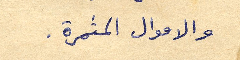
والاموال المثمرة.